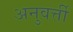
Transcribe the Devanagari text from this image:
अनुवर्त्ती